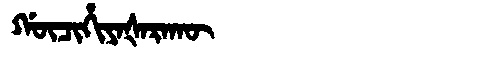
Manchu: ᡤᡡᠴᡳᡥᡳᠶᠠᡧᠠᡵᠠᡴᡡ
Romanization: GŪCIHIYAŠARAKŪ